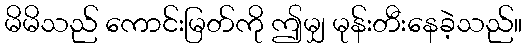
မိမိသည် ကောင်းမြတ်ကို ဤမျှ မုန်းတီးနေခဲ့သည်။